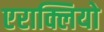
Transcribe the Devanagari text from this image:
एराक्लियो